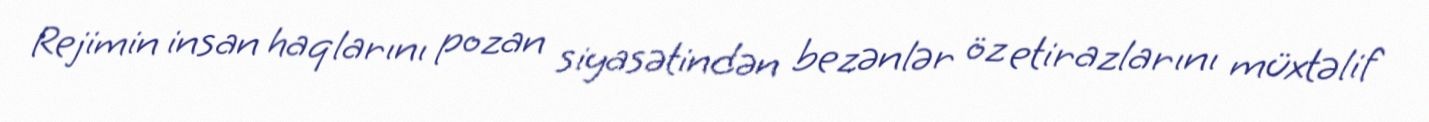
Rejimin insan haqlarını pozan siyasətindən bezənlər öz etirazlarını müxtəlif